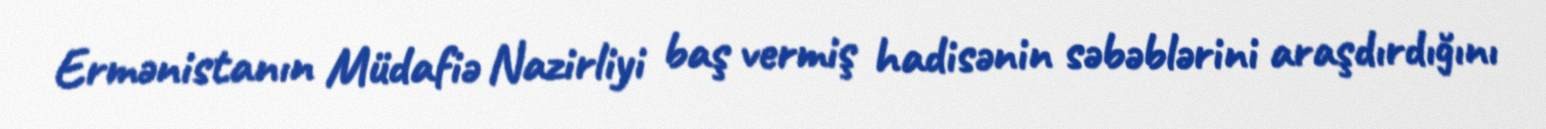
Ermənistanın Müdafiə Nazirliyi baş vermiş hadisənin səbəblərini araşdırdığını